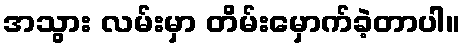
အသွား လမ်းမှာ တိမ်းမှောက်ခဲ့တာပါ။